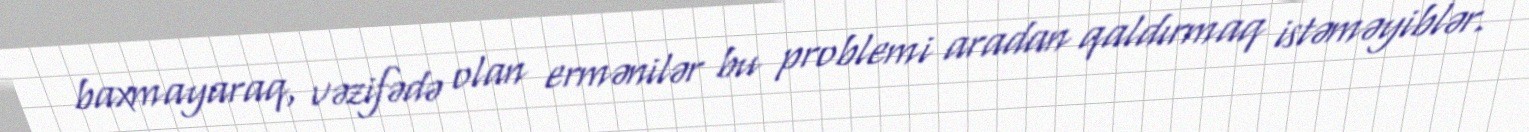
baxmayaraq, vəzifədə olan ermənilər bu problemi aradan qaldırmaq istəməyiblər.